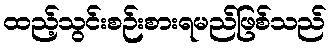
ထည့်သွင်းစဉ်းစားရမည်ဖြစ်သည်